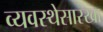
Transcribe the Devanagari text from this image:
व्यवस्थेसारखा